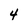
Character: 4